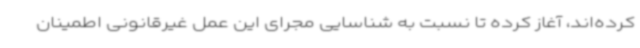
کرده‌اند، آغاز کرده تا نسبت به شناسایی مجرای این عمل غیرقانونی اطمینان